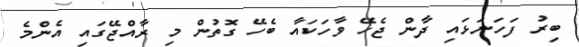
ބިރު ފަހަނަޅައި ދާން ޖެހޭ ވާހަކައާ ބެހޭ ގޮތުން މި ރާއްޖޭގައި އެންމެ